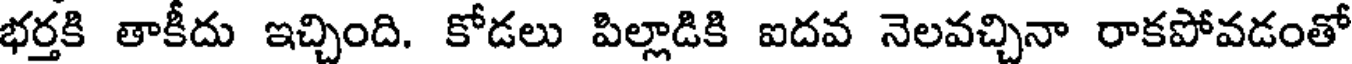
భర్తకి తాకీదు ఇచ్చింది. కోడలు పిల్లాడికి ఐదవ నెలవచ్చినా రాకపోవడంతో